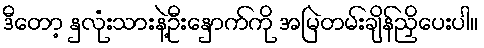
ဒီတော့ နှလုံးသားနဲ့ဦးနှောက်ကို အမြဲတမ်းချိန်ညှိပေးပါ။